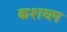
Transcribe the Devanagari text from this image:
कशयप